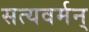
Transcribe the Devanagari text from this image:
सत्यवर्मन्